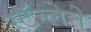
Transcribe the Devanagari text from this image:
स्टॅन्लेने